Report on the lunatic asylums under the Government of Bombay - 1904-1913
Year: 1904
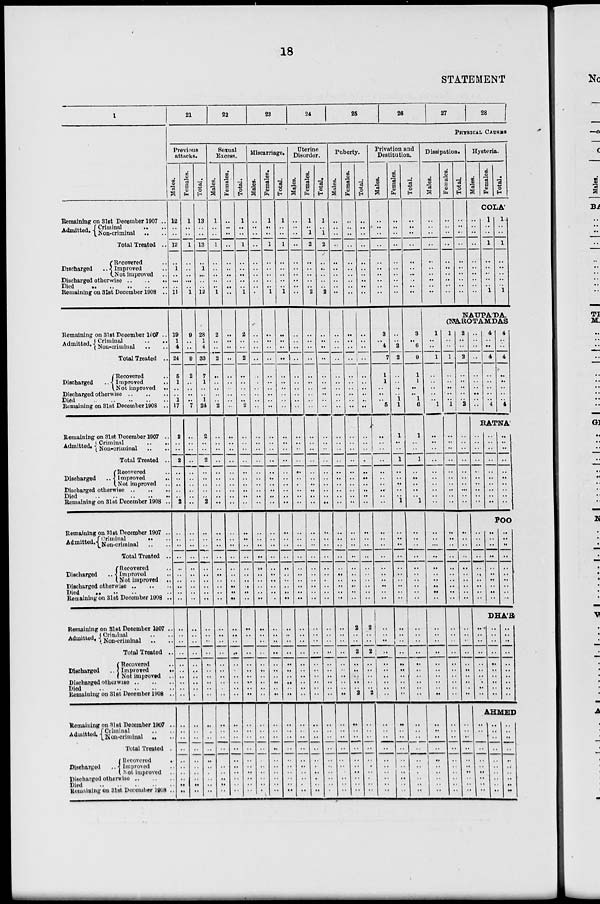
18
STATEMENT
1
Remaining on 31st December 1907 ..
Admitted. Criminal .. ..
Non-criminal .. ..
Total Treated ..
Discharged ..
Recovered ..
Improved ..
Not improved ..
Discharged otherwise .. .. ..
Died .. .. .. .. ..
Remaining on 31st December 1908 ..
Remaining on 31st December 1907 ..
Admitted. Criminal
..
..
Non-criminal .. ..
Total Treated ..
Discharged ..
Recovered ..
Improved ..
Not improved ..
Discharged otherwise .. .. ..
Died .. .. .. .. ..
Remaining on 31st December 1908 ..
Remaining on 31st December 1907 ..
Admitted. Criminal .. ..
Non-criminal .. ..
Total Treated ..
Discharged
..
Recovered ..
Improved ..
Not-improved ..
Discharged otherwise .. .. ..
Died .. .. .. .. ..
Remaining on 31st December 1908 ..
Remaining on 31st December 1907 ..
Admitted. Criminal .. ..
Non-criminal .. ..
Total Treated ..
Discharged..
Recovered ..
Improved ..
Not improved ..
Discharged otherwise .. .. ..
Died .. .. ..
Remaining on 31st December 1908 ..
Remaining on 31st December 1907 ..
Admitted. Criminal .. ..
Non-criminal .. ..
Total Treated ..
Discharged ..
Recovered ..
Improved ..
Not improved ..
Discharged otherwise .. .. ..
Died .. .. .. .. .. ..
Remaining on 31st December 1908 ..
Remaining on 31st December 1907 ..
Admitted. Criminal .. ..
Non-criminal .. ..
Total Treated .
Discharged ..
Recovered ..
Improved ..
Not improved ..
Discharged otherwise .. .. ..
Died .. .. .. .. ..
Remaining on 31st December 1908 ..
21
22
23
24
25
26
27
28
PHYSICAL CAUSES
Previous
attacks.
Males.
12
..
..
12
..
1
..
..
..
11
19
1
4
24
5
1
..
..
1
17
2
..
..
2
..
..
..
..
..
2
..
..
..
..
..
..
..
..
..
..
..
..
..
..
..
..
..
..
..
..
..
..
..
..
..
..
..
..
..
..
Females.
1
..
..
1
..
..
..
..
..
1
9
..
..
9
2
..
..
..
..
7
..
..
..
..
..
..
..
..
..
..
..
..
..
..
..
..
..
..
..
..
..
..
..
..
..
..
..
..
..
..
..
..
..
..
..
..
..
..
..
..
Total.
13
..
..
13
..
1
..
..
..
12
28
1
4
33
7
1
..
..
1
24
2
..
..
2
..
..
..
..
..
2
..
..
..
..
..
..
..
..
..
..
..
..
..
..
..
..
..
..
..
..
..
..
..
..
..
..
..
..
..
..
Sexual
Excess.
Males.
1
..
..
1
..
..
..
..
..
1
2
..
..
2
..
..
..
..
..
2
..
..
..
..
..
..
..
..
..
..
..
..
..
..
..
..
..
..
..
..
..
..
..
..
..
..
..
..
..
..
..
..
..
..
..
..
..
..
..
..
Females.
..
..
..
..
..
..
..
..
..
..
..
..
..
..
..
..
..
..
..
..
..
..
..
..
..
..
..
..
..
..
..
..
..
..
..
..
..
..
..
..
..
..
..
..
..
..
..
..
..
..
..
..
..
..
..
..
..
..
..
..
Total.
1
..
..
1
..
..
..
..
..
1
2
..
..
2
..
..
..
..
.. 2
..
..
..
..
..
..
..
..
..
..
..
..
..
..
..
..
..
..
..
..
..
..
..
..
..
..
..
..
..
..
..
..
..
..
..
..
..
..
..
..
Miscarriage.
Males.
..
..
..
..
..
..
..
..
..
..
..
..
..
..
..
..
..
..
..
..
..
..
..
..
..
..
..
..
..
..
..
..
..
..
..
..
..
..
..
..
..
..
..
..
..
..
..
..
..
..
..
..
..
..
..
..
..
..
..
..
Females.
1
..
..
1
..
..
..
..
..
1
..
..
..
..
..
..
..
..
..
..
..
..
..
..
..
..
..
..
..
..
..
..
..
..
..
..
..
..
..
..
..
..
..
..
..
..
..
..
..
..
..
..
..
..
..
..
..
..
..
..
Total.
1
..
..
1
..
..
..
..
..
1
..
..
..
..
..
..
..
..
..
..
..
..
..
..
..
..
..
..
..
..
..
..
..
..
..
..
..
..
..
..
..
..
..
..
..
..
..
..
..
..
..
..
..
..
..
..
..
..
..
..
Uterine
Disorder.
Males.
..
..
..
..
..
..
..
..
..
..
..
..
..
..
..
..
..
..
..
..
..
..
..
..
..
..
..
..
..
..
..
..
..
..
..
..
..
..
..
..
..
..
..
..
..
..
..
..
..
..
..
..
..
..
..
..
..
..
..
..
..
Females.
..
1
..
1
2
..
..
..
..
..
2
..
..
..
..
..
..
..
..
..
..
..
..
..
..
..
..
..
..
..
..
..
..
..
..
..
..
..
..
..
..
..
..
..
..
..
..
..
..
..
..
..
..
..
..
..
..
..
..
..
..
Total.
..
1
..
1
2
..
..
..
..
..
2
..
..
..
..
..
..
..
..
..
..
..
..
..
..
..
..
..
..
..
..
..
..
..
..
..
..
..
..
..
..
..
..
..
..
..
..
..
..
..
..
..
..
..
..
..
..
..
..
..
..
Puberty.
Males.
..
..
..
..
..
..
..
..
..
..
..
.. ..
..
..
..
..
..
..
..
..
..
..
..
..
..
..
..
..
..
..
..
..
..
..
..
..
..
..
..
..
..
..
..
..
..
..
..
..
..
..
..
..
..
..
..
..
..
..
..
..
Females.
..
..
..
..
..
..
..
..
..
..
..
..
..
..
..
..
..
..
..
..
..
..
..
..
..
..
..
..
..
..
..
..
..
..
..
..
..
..
..
..
2
..
..
2
..
..
..
..
..
2
..
..
..
..
..
..
..
..
..
..
Total.
..
..
..
..
..
..
..
..
..
..
..
..
..
..
..
..
..
..
..
..
..
..
..
..
..
..
..
..
..
..
..
..
..
..
..
..
..
..
..
..
2
..
..
2
..
..
..
..
..
2
..
..
..
..
..
..
..
..
..
..
Privation and
Destitution.
Males.
..
..
..
..
..
..
..
..
..
..
3
..
4
7
1
1
..
..
..
5
..
..
..
..
..
..
..
..
..
..
..
..
..
..
..
..
..
..
..
..
..
..
..
..
..
..
..
..
..
..
..
..
..
..
..
..
..
..
..
..
Females.
..
..
..
..
..
..
..
..
..
..
..
..
2
2
..
..
..
..
1
1
1
..
..
1
..
..
..
..
..
1
..
..
..
..
..
..
..
..
..
..
..
..
..
..
..
..
..
..
..
..
..
..
..
..
..
..
..
..
..
..
Total.
..
..
..
..
..
..
..
..
..
..
3
..
6
9
1
1
..
..
1
6
1
..
..
1
..
..
..
..
..
1
..
..
..
..
..
..
..
..
..
..
..
..
..
..
..
..
..
..
..
..
..
..
..
..
..
..
..
..
..
..
Dissipation.
Males.
..
..
..
..
..
..
..
..
..
..
1
..
..
1
..
..
..
..
..
1
..
..
..
..
..
..
..
..
..
..
..
..
..
..
..
..
..
..
..
..
..
..
..
..
..
..
..
..
..
..
..
..
..
..
..
..
..
..
..
..
Females.
..
..
..
..
..
..
..
..
..
..
Total.
..
..
..
..
..
..
..
..
..
..
Hysteria.
Males.
Females.
Total.
COLA'
..
..
..
..
..
..
..
..
..
..
1
..
..
1
..
..
..
..
..
1
1
..
..
1
..
..
..
..
..
1
NAUPA'DA.
(NAROTAMDAS
1
..
..
1
..
..
..
..
.. 1
..
..
..
..
..
..
..
..
..
..
..
..
..
..
..
..
..
..
..
..
..
..
..
..
..
..
..
..
..
..
..
..
..
..
..
..
..
..
..
..
2
..
..
2
..
..
..
..
.. 2
..
..
..
..
..
..
..
..
..
..
..
..
..
..
..
..
..
..
..
..
..
..
..
..
..
..
..
..
..
..
..
..
..
..
..
..
..
..
..
..
..
..
..
..
..
..
..
..
..
..
4
..
..
4
..
..
..
..
.. 4
4
..
..
4
..
..
..
..
..
4
RATNA'
..
..
..
..
..
..
..
..
..
..
..
..
..
..
..
..
..
..
..
..
..
..
..
..
..
..
..
..
..
..
POO
..
..
..
..
..
..
..
..
..
..
..
..
..
..
..
..
..
..
..
..
..
..
..
..
..
..
..
..
..
..
DHA'R
..
..
..
..
..
..
..
..
..
..
..
..
..
..
..
..
..
..
..
..
..
..
..
..
..
..
..
..
..
..
AHMED
..
..
..
..
..
..
..
..
..
..
..
.. ..
..
..
..
..
..
..
..
..
.. ..
..
..
..
..
..
..
..